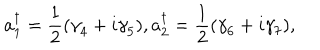
LaTeX: a _ { 1 } ^ { \dagger } = \frac { 1 } { 2 } ( { \gamma } _ { 4 } + i { \gamma } _ { 5 } ) , a _ { 2 } ^ { \dagger } = \frac { 1 } { 2 } ( { \gamma } _ { 6 } + i { \gamma } _ { 7 } ) ,